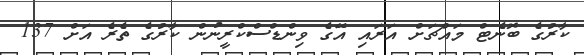
ކާރުގެ ބޮނެޓް މައްޗަށް އަރައި އޭގެ ވިންޑްސްކްރީނުން ކާރުގެ ތެރެ އަށް 137